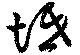
坻